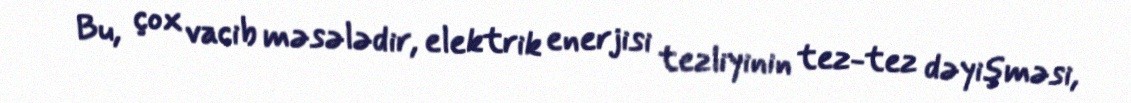
Bu, çox vacib məsələdir, elektrik enerjisi tezliyinin tez-tez dəyişməsi,